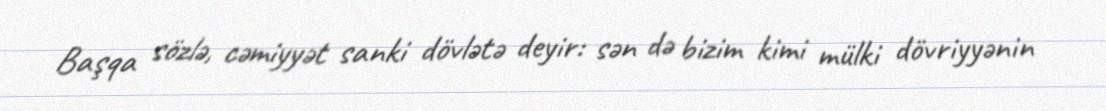
Başqa sözlə, cəmiyyət sanki dövlətə deyir: sən də bizim kimi mülki dövriyyənin